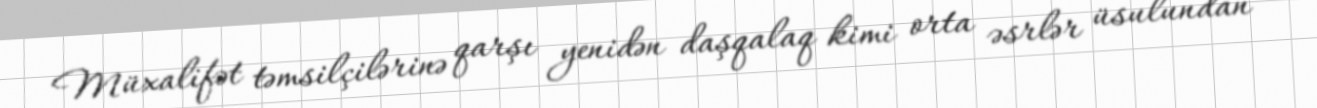
Müxalifət təmsilçilərinə qarşı yenidən daşqalaq kimi orta əsrlər üsulundan